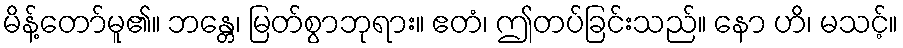
မိန့်တော်မူ၏။ ဘန္တေ၊ မြတ်စွာဘုရား။ ဧတံ၊ ဤတပ်ခြင်းသည်။ နော ဟိ၊ မသင့်။